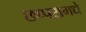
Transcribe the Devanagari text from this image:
छप्परामधे